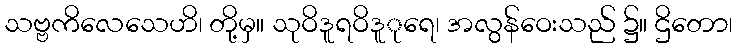
သဗ္ဗကိလေသေဟိ၊ တို့မှ။ သုဝိဒူရဝိဒူုရေ၊ အလွန်ဝေးသည် ၌။ ဌိတော၊